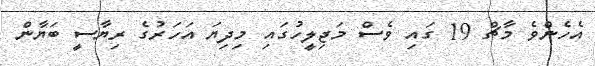
އެހެންވެ މާޗް 19 ގައި ވެސް މަޖިލީހުގައި މިދިޔަ އަހަރުގެ ރިޔާސީ ބަޔާން